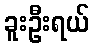
ခူးဦးရယ်